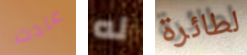
عادت له لطائرة